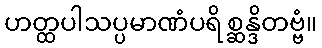
ဟတ္ထပါသပ္ပမာဏံပရိစ္ဆန္ဒိတဗ္ဗံ။